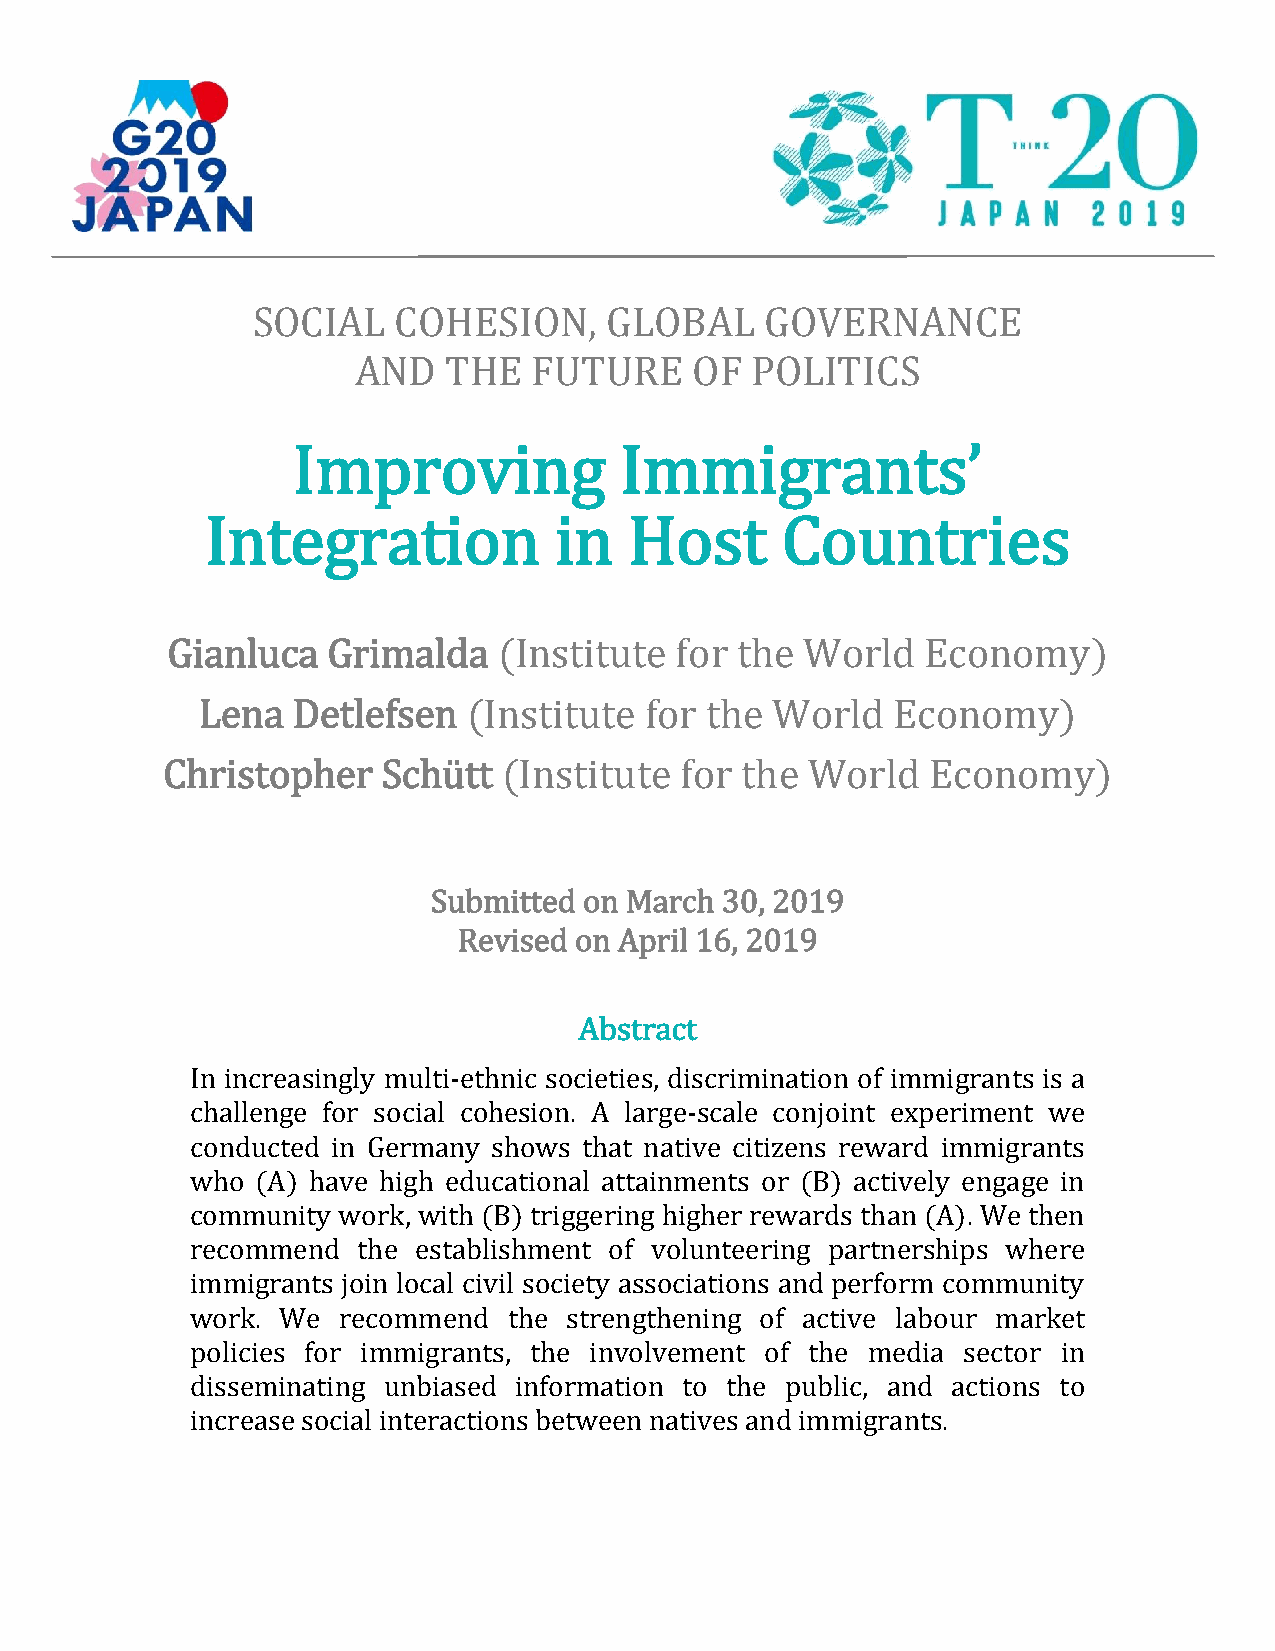
SOCIAL   COHESION,     GLOBAL     GOVERNANCE
 AND    THE  FUTURE     OF  POLITICS
 Improving             Immigrants’
 Integration            in   Host      Countries
 Gianluca   Grimalda   (Institute  for the World   Economy)
 Lena  Detlefsen   (Institute  for the World   Economy)
 Christopher   Schütt  (Institute  for the World    Economy)
 Submitted on March 30, 2019
 Revised on April 16, 2019
 Abstract
 In increasingly multi-ethnic societies, discrimination of immigrants is a
 challenge for social cohesion. A large-scale conjoint experiment we
 conducted in Germany shows that native citizens reward immigrants
 who (A) have high educational attainments or (B) actively engage in
 community work, with (B) triggering higher rewards than (A). We then
 recommend  the establishment of volunteering partnerships where
 immigrants join local civil society associations and perform community
 work. We recommend   the strengthening of active labour market
 policies for immigrants, the involvement of the media sector in
 disseminating unbiased information to the public, and actions to
 increase social interactions between natives and immigrants.